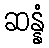
ဆန္နံ